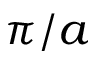
\pi / a